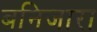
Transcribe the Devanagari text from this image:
बनिजारा